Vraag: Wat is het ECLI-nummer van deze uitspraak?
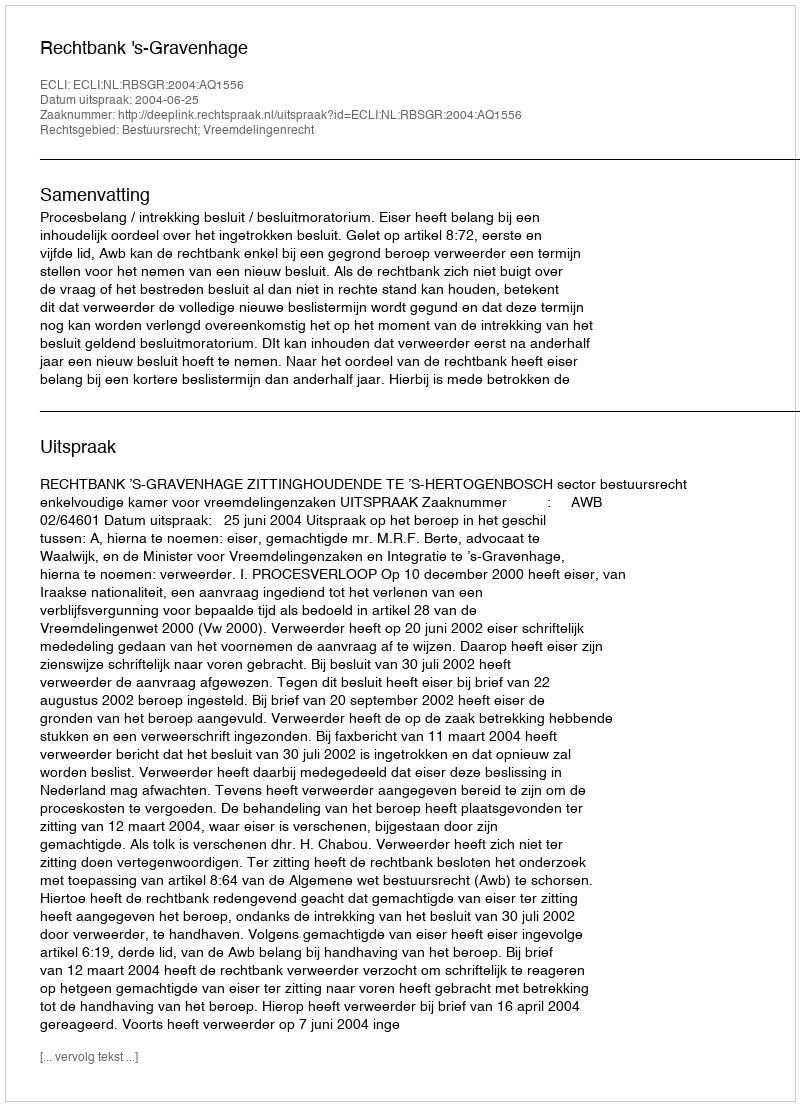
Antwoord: ECLI:NL:RBSGR:2004:AQ1556